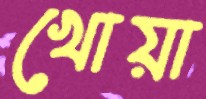
খোয়া